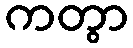
ကတွာ